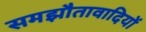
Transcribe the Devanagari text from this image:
समझौतावादियों